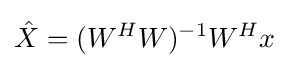
{\hat {X}}=(W^{H}W)^{-1}W^{H}x